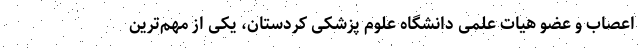
اعصاب و عضو هیات علمی دانشگاه علوم پزشکی کردستان، یکی از مهم‌ترین